Rangoon Lunatic Asylum 1878-1892 - 1878-1892
Year: 1878
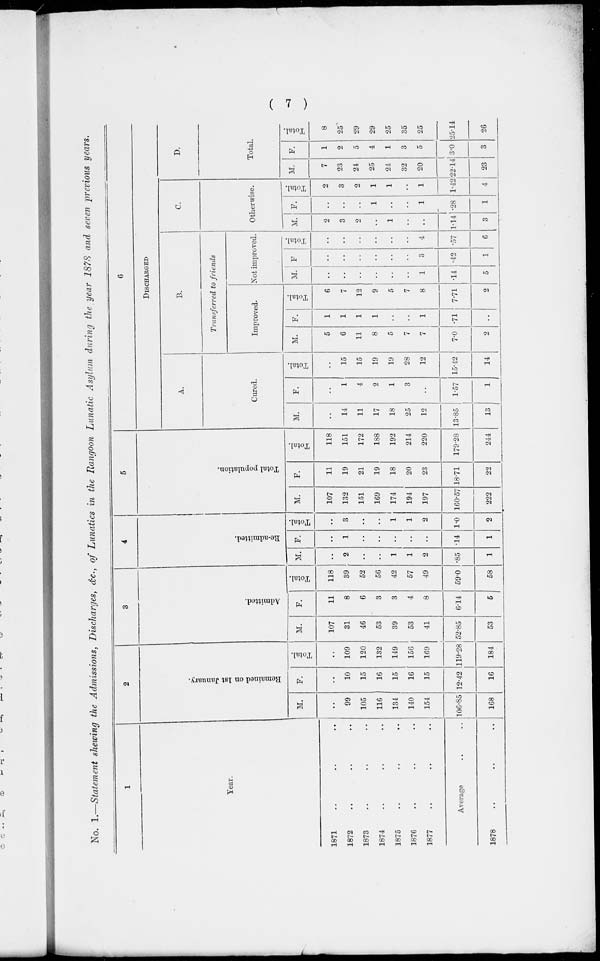
( 7 )
No. 1.—Statement shewing the Admissions, Discharges, &c., of Lunatics in the Rangoon Lunatic Asylum during the year 1878 and seven previous years.
1
Year.
1871 .. .. ..
1872 .. .. ..
1873 .. .. ..
1874 .. .. ..
1875 .. .. ..
1876 .. .. ..
1877 .. .. ..
Average .. ..
1878 .. .. ..
2
Remained on 1st January.
M.
..
99
105
116
134
140
154
106.85
168
F.
..
10
15
16
15
16
15
12.42
16
Total.
..
109
120
132
149
156
169
119.28
184
3
Admitted.
M.
107
31
46
53
39
53
41
52.85
53
F.
11
8
6
3
3
4
8
6.14
5
Total.
118
39
52
56
42
57
49
59.0
58
4
Re-admitted.
M.
..
2
..
..
1
1
2
.85
1
F.
..
1
..
..
..
..
..
.14
1
Total.
..
3
..
..
1
1
2
1.0
2
5
Total population.
M.
107
132
151
169
174
194
197
160.57
222
F.
11
19
21
19
18
20
23
18.71
22
Total.
118
151
172
188
192
214
220
179.28
244
6
DISCHARGED
A.
Cured.
M.
..
14
11
17
18
25
12
13.85
13
F.
..
1
4
2
1
3
..
1.57
1
Total.
..
15
15
19
19
28
12
15.42
14
B.
Transferred to friends
Improved.
M.
5
6
11
8
5
7
7
7.0
2
F.
1
1
1
1
..
..
1
.71
..
Total.
6
7
12
9
5
7
8
7.71
2
Not improved.
M.
..
..
..
..
..
..
1
.14
5
F.
..
..
..
..
..
..
3
.42
1
Total.
..
..
..
..
..
..
4
.57
6
C.
Otherwise.
M.
2
3
2
..
1
..
..
1.14
3
F.
..
..
..
1
..
..
1
.28
1
Total.
2
3
2
1
1
..
1
1.42
4
D.
Total.
M.
7
23
24
25
24
32
20
22.14
23
F.
1
2
5
4
1
3
5
3.0
3
Total.
8
25
29
29
25
35
25
25.14
26